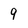
Character: 9